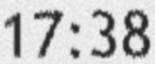
17:38